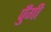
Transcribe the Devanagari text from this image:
पुँगी